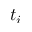
t _ { i }